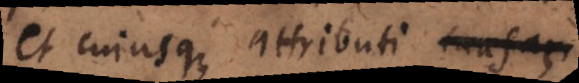
et cujusque attributi causam